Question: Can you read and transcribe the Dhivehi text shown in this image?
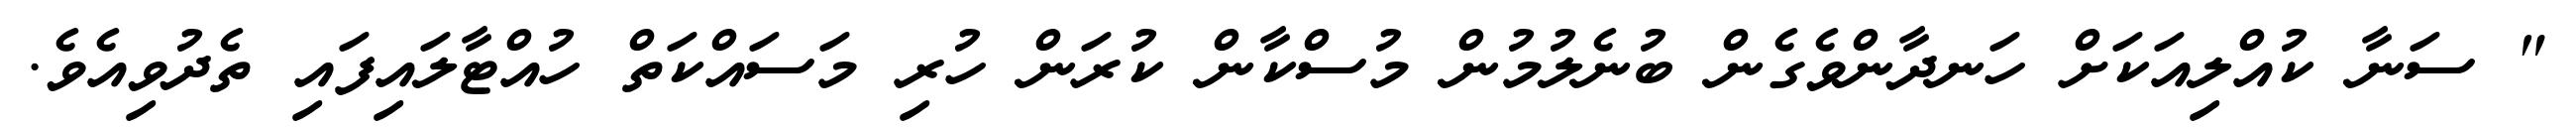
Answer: " ސަނާ ކުއްލިއަކަށް ހަނދާންވެގެން ބުނެލުމުން މުސްކާން ކުރަން ހުރި މަސައްކަތް ހުއްޓާލައިފައި ތެދުވިއެވެ.